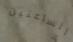
الساعتين